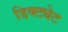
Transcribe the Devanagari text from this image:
डिक्ट्येट